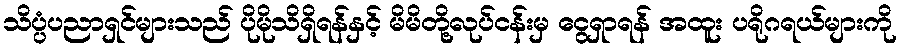
သိပ္ပံပညာရှင်များသည် ပိုမိုသိရှိရန်နှင့် မိမိတို့လုပ်ငန်းမှ ငွေရှာရန် အထူး ပရိုဂရယ်များကို